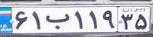
۶۱ب۱۱۹۳۵